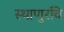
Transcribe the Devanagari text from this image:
स्थाणुरवि